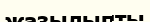
жазылыпты